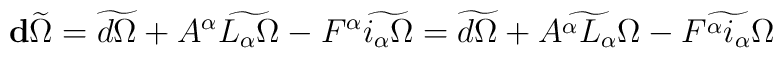
\mathbf{d} \widetilde\Omega =\widetilde{d\Omega} + A^\alpha \widetilde{L_\alpha \Omega}- F^\alpha \widetilde{i_\alpha \Omega} =\widetilde{ d\Omega} +\widetilde{ A^\alpha L_\alpha \Omega} - \widetilde{F^\alpha i_\alpha \Omega}